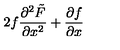
2 f \frac { \partial ^ { 2 } \tilde { F } } { \partial x ^ { 2 } } + \frac { \partial f } { \partial x }